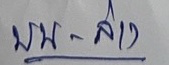
บน - ล่าง